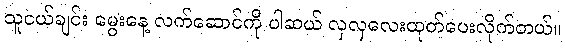
သူငယ်ချင်း မွေးနေ့ လက်ဆောင်ကို ပါဆယ် လှလှလေးထုတ်ပေးလိုက်တယ်။